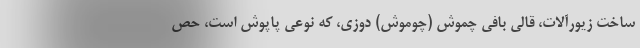
ساخت زیورآلات، قالی بافی چموش (چوموش) دوزی، که نوعی پاپوش است، حص